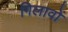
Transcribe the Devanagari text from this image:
गिलावों